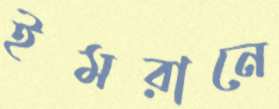
ইমরানে